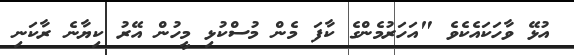
އުޅޭ ވާހަކައެކެވެ "އަހަރުމެންގެ ކާފަ މެން މުސްކުޅި މީހުން އޭރު ކިޔާނެ ރާކަނި